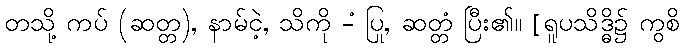
တသို့ ကပ် (ဆတ္တ), နာမ်ငဲ့, သိကို -ံ ပြု, ဆတ္တံ ပြီး၏။ [ရူပသိဒ္ဓိ၌ ကွစိ